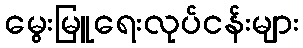
မွေးမြူရေးလုပ်ငန်းများ